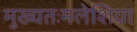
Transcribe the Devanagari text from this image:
मुख्यतःमलेशिया